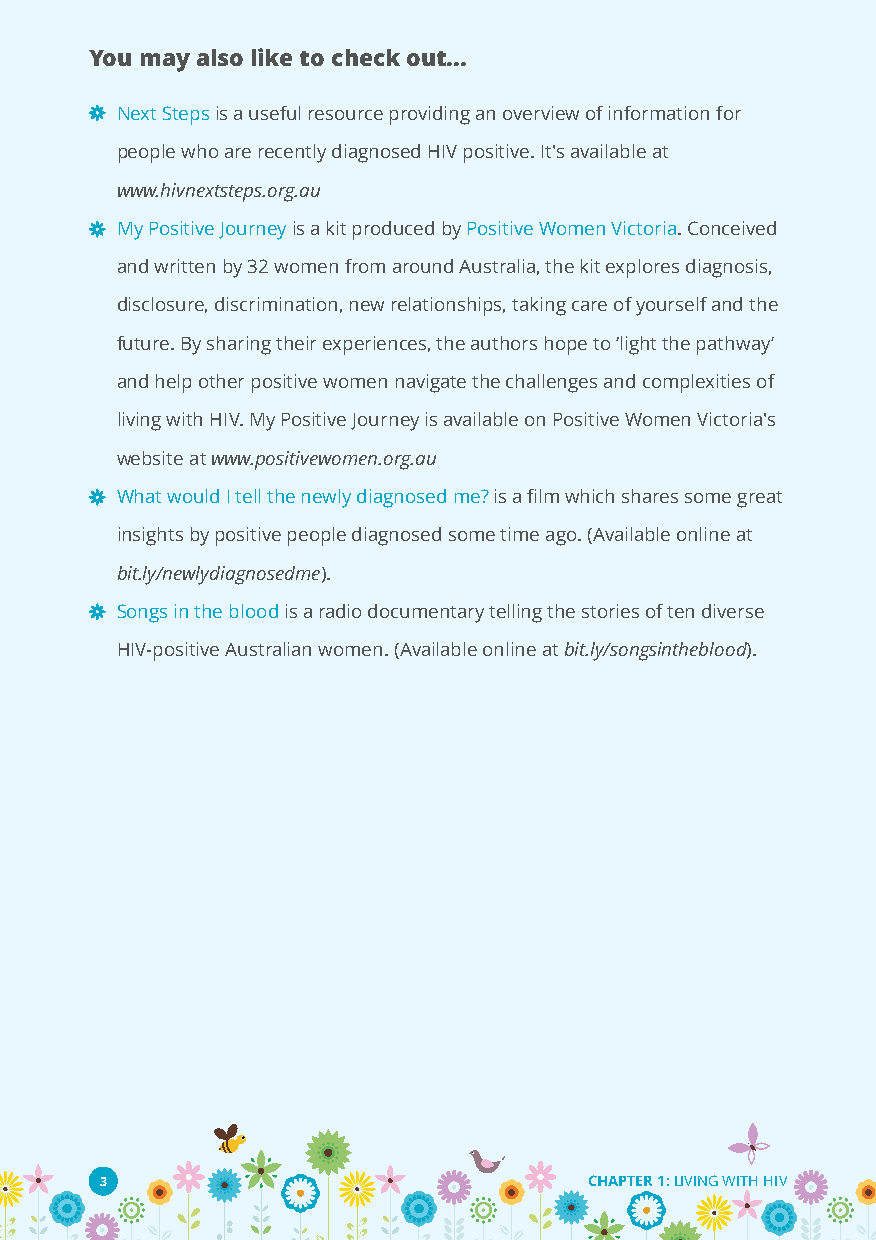
You may also like to check out...
 Next Stepsis a useful resource providing an overview of information for
 people who are recently diagnosed HIV positive. It's available at
 www.hivnextsteps.org.au
 My Positive Journeyis a kit produced byPositive Women Victoria. Conceived
 and written by 32 women from around Australia, the kit explores diagnosis,
 disclosure, discrimination, new relationships, taking care of yourself and the
 future. By sharing their experiences, the authors hope to‘light the pathway’
 and help other positive women navigate the challenges and complexities of
 living with HIV. My Positive Journey is available on Positive Women Victoria's
 website atwww.positivewomen.org.au
 What would I tell the newly diagnosed me?is a film which shares some great
 insights by positive people diagnosed some time ago. (Available online at
 bit.ly/newlydiagnosedme).
 Songs in the bloodis a radio documentary telling the stories of ten diverse
 HIV-positive Australian women. (Available online atbit.ly/songsintheblood).
 3                               CHAPTER 1:LIVING WITH HIV